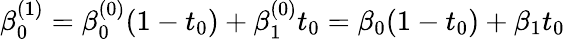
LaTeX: \beta_{0}^{(1)}=\beta_{0}^{(0)}(1-t_{0})+\beta_{1}^{(0)}t_{0}=\beta_{0}(1-t_{0})+\beta_{1}t_{0}